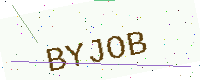
Text: BYJOB